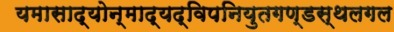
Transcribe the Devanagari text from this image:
यमासाद्योन्माद्यद्विपनियुतगण्डस्थलगल